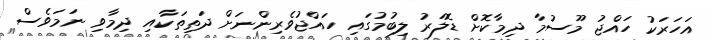
އަހަރަކު ހައްޖު މޫސުމާ ދިމާކޮށް ޑޮލަރު ލިބުމުގައި ހައްޖުވެރިންނަށް ދަތިތަކާއި ދިމާވި ނަމަވެސް